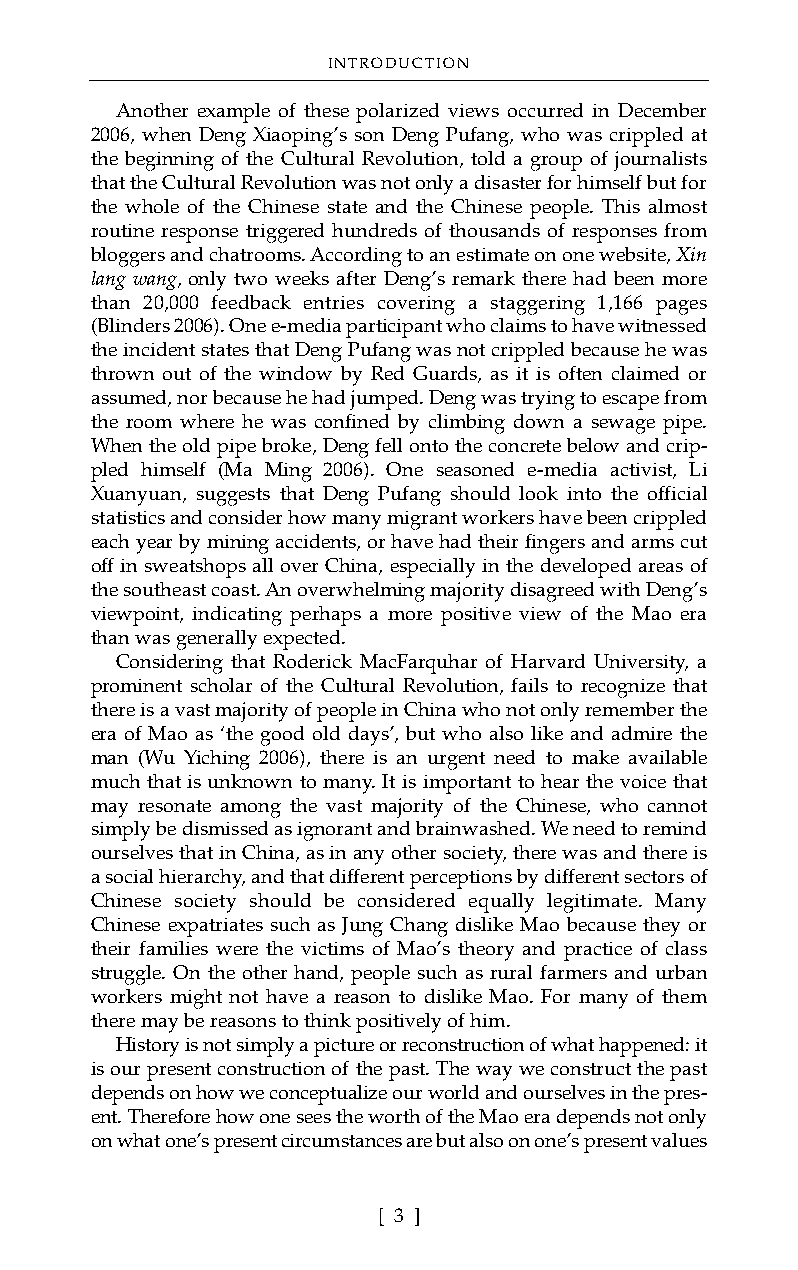
INTRODUCTION
 Another example of these polarized views occurred in December
 2006, when Deng Xiaoping’s son Deng Pufang, who was crippled at
 the beginning of the Cultural Revolution, told a group of journalists
 that the Cultural Revolution was not only a disaster for himself but for
 the whole of the Chinese state and the Chinese people. This almost
 routine response triggered hundreds of thousands of responses from
 bloggers and chatrooms. According to an estimate on one website, Xin
 lang wang, only two weeks after Deng’s remark there had been more
 than 20,000 feedback entries covering a staggering 1,166 pages
 (Blinders 2006). One e-media participant who claims to have witnessed
 the incident states that Deng Pufang was not crippled because he was
 thrown out of the window by Red Guards, as it is often claimed or
 assumed, nor because he had jumped. Deng was trying to escape from
 the room where he was confined by climbing down a sewage pipe.
 When the old pipe broke, Deng fell onto the concrete below and crip-
 pled himself (Ma Ming 2006). One seasoned e-media activist, Li
 Xuanyuan, suggests that Deng Pufang should look into the official
 statistics and consider how many migrant workers have been crippled
 each year by mining accidents, or have had their fingers and arms cut
 off in sweatshops all over China, especially in the developed areas of
 the southeast coast. An overwhelming majority disagreed with Deng’s
 viewpoint, indicating perhaps a more positive view of the Mao era
 than was generally expected.
 Considering that Roderick MacFarquhar of Harvard University, a
 prominent scholar of the Cultural Revolution, fails to recognize that
 there is a vast majority of people in China who not only remember the
 era of Mao as ‘the good old days’, but who also like and admire the
 man (Wu Yiching 2006), there is an urgent need to make available
 much that is unknown to many. It is important to hear the voice that
 may resonate among the vast majority of the Chinese, who cannot
 simply be dismissed as ignorant and brainwashed. We need to remind
 ourselves that in China, as in any other society, there was and there is
 a social hierarchy, and that different perceptions by different sectors of
 Chinese society should be considered equally legitimate. Many
 Chinese expatriates such as Jung Chang dislike Mao because they or
 their families were the victims of Mao’s theory and practice of class
 struggle. On the other hand, people such as rural farmers and urban
 workers might not have a reason to dislike Mao. For many of them
 there may be reasons to think positively of him.
 History is not simply a picture or reconstruction of what happened: it
 is our present construction of the past. The way we construct the past
 depends on how we conceptualize our world and ourselves in the pres-
 ent. Therefore how one sees the worth of the Mao era depends not only
 on what one’s present circumstances are but also on one’s present values
 [ 3 ]